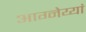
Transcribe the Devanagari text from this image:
आग्नेय्यां